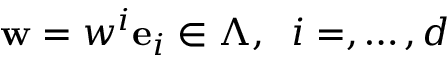
{ \bf w } = w ^ { i } { \bf e } _ { i } \in \Lambda , \; \; i = , \dots , d